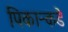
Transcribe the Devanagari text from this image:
पिकान्कडे